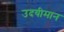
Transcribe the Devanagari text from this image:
उदयीमान